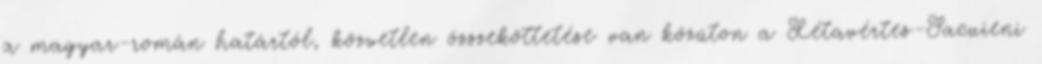
a magyar-román határtól, közvetlen összeköttetése van közúton a Létavértes-Sacuieni